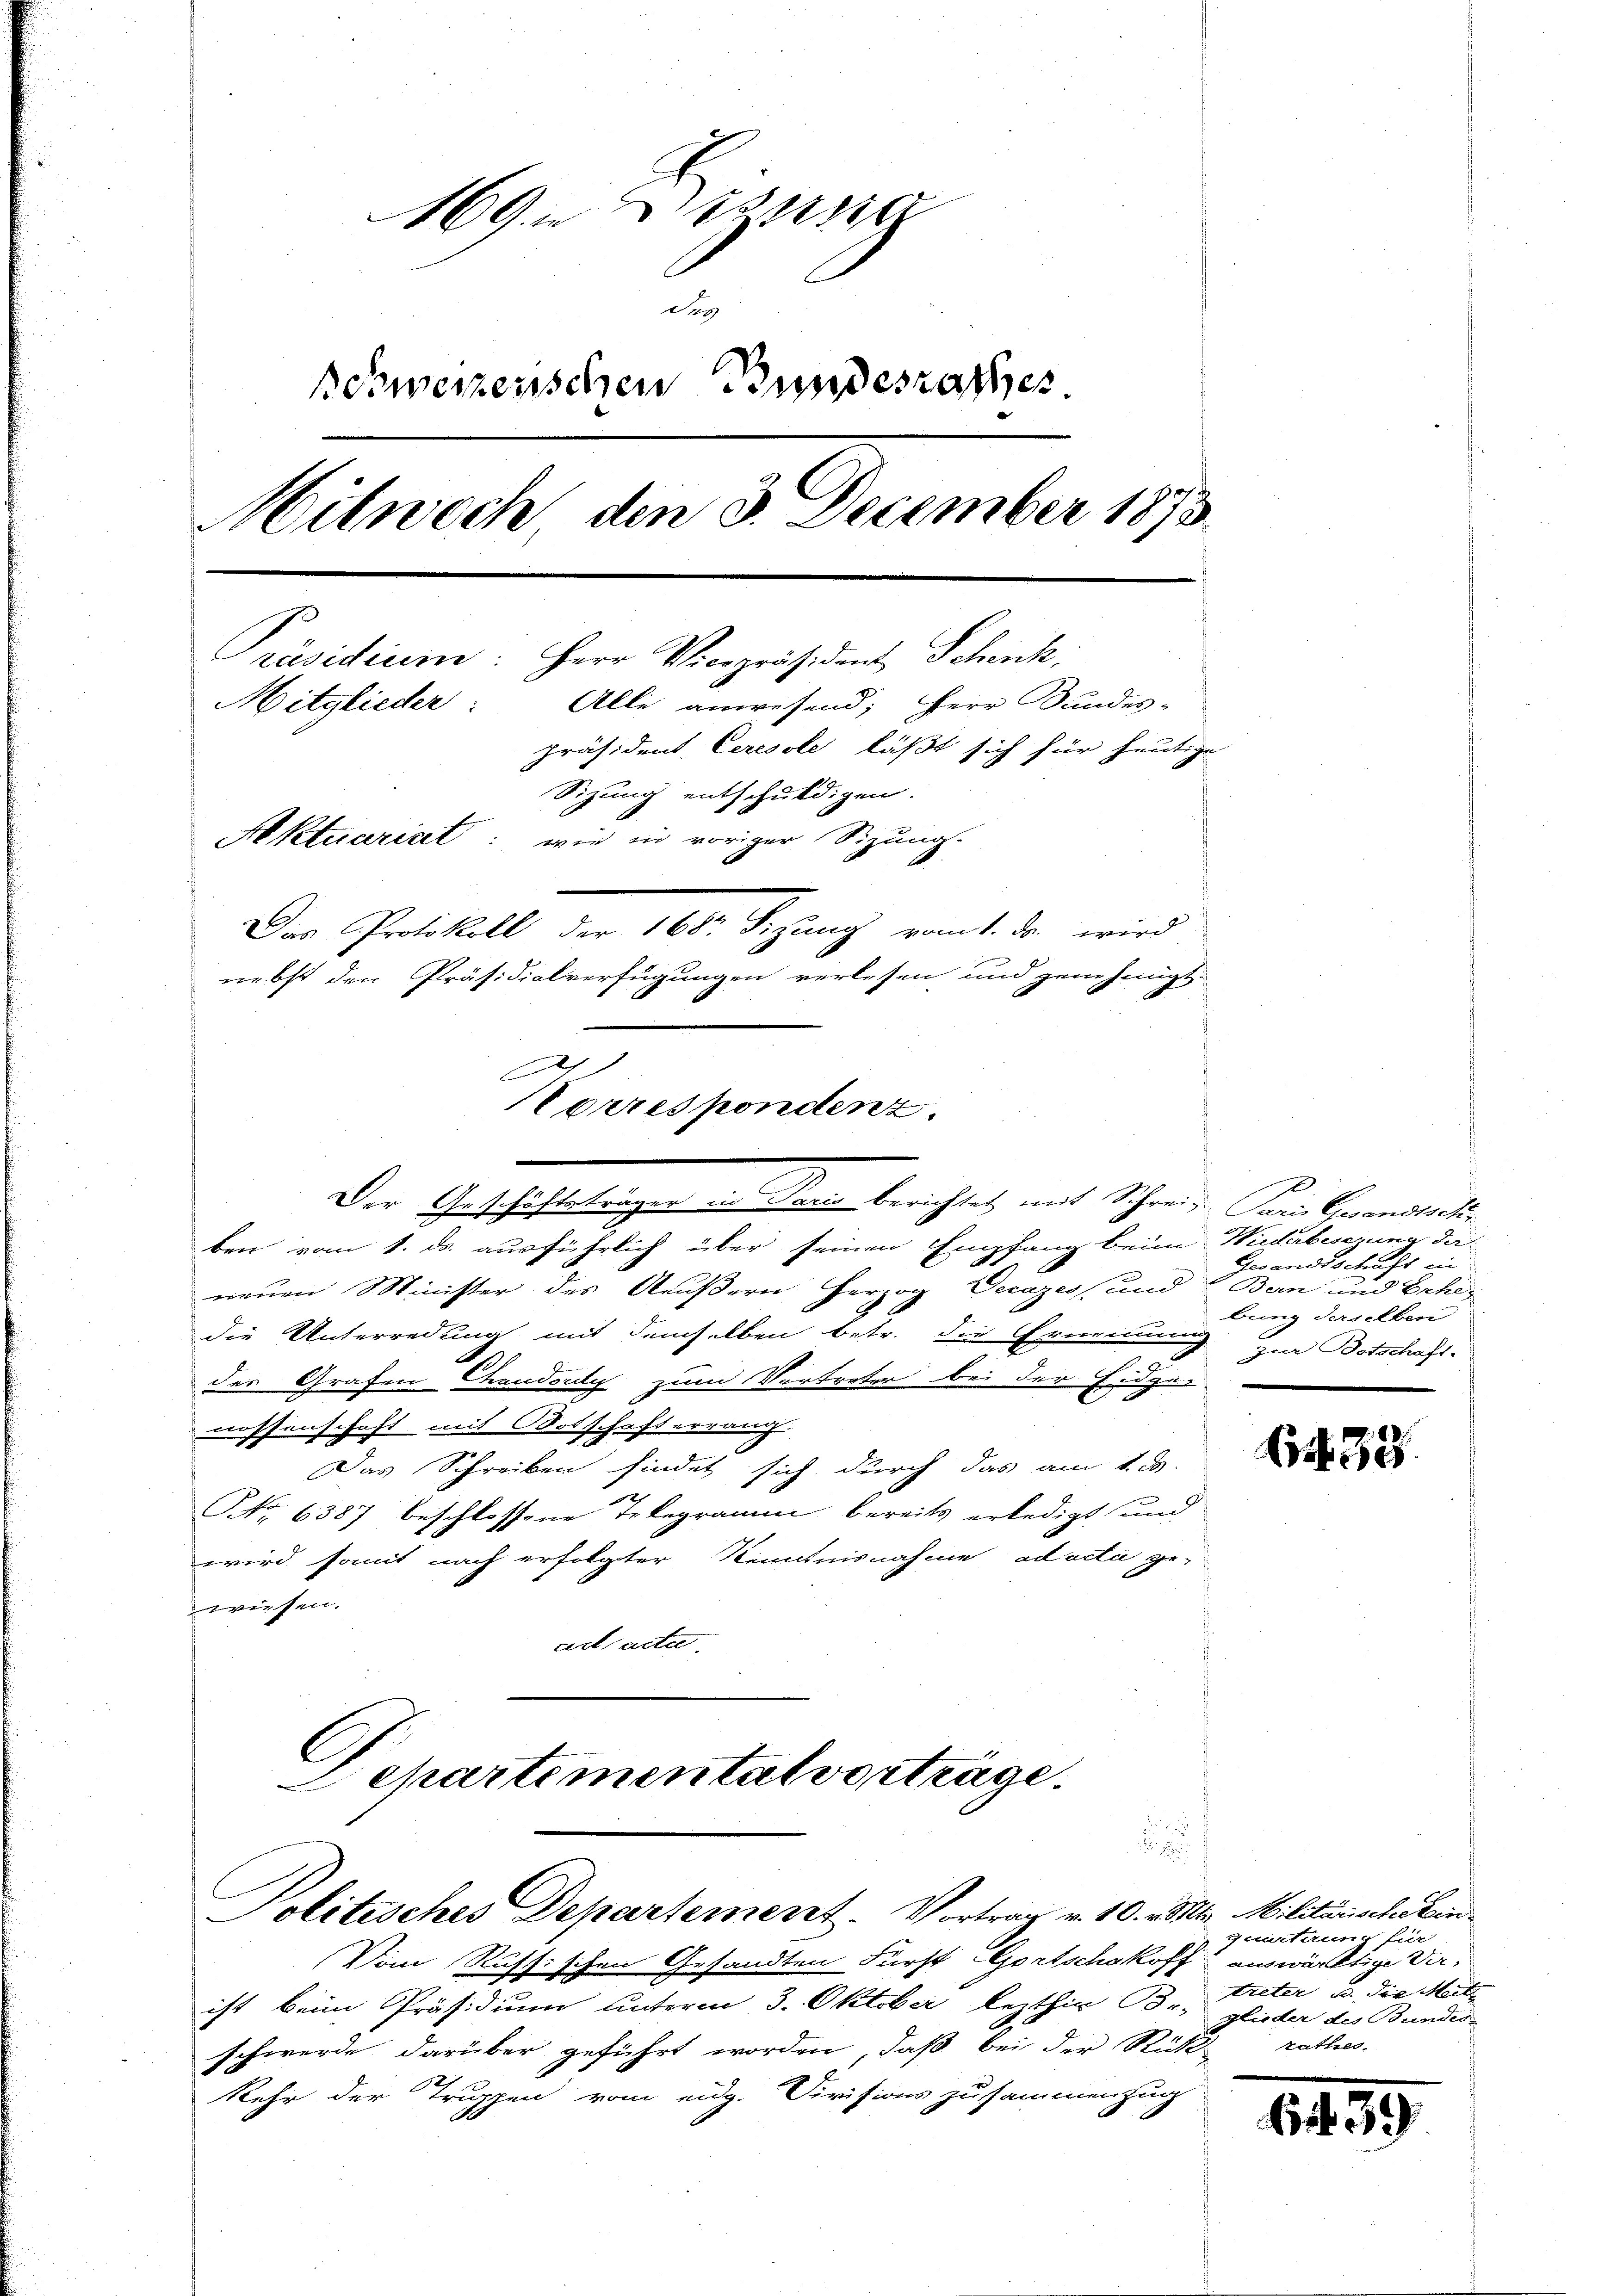
169. Den
der
owerzenschen Bundesrathes.
Mitwoch den 3. December 1873.
Präsidium: Herr Vicepräsident Schenk,
Alle anwesend, Herr Bundes-
Mitglieder:
präsident Ceresole läßt sich für heutige
Sizung entschuldigen.
Aktuariat: wie in voriger Sizung.
Der Protokoll der 160. Sizung vant. dr. wird
nebst den Präsidialverfügungen verlesen und genehmigt.

ben vom 1. ds. ausführlich über seinen Empfang beim Wiederbeschung da
neuen Minister des Äußern herzog Vecazess und Bern und Erhen
die Unterredung mit demselben betr. die Ernennung
n
des Grafen Chaudony zum Vertreter bei der Eidge
nossenschaft mit Botschaft errang
Das Schreiben findet sich durch das am 1. d.
NNo. 6587 beschlossene Telegramm bereits erledigt und
wird somit nach erfolgter Kenntnisnahme ad acta ge-
wiesen.
acts acte.
Departementat vorträge.

Politisches Departement. Vortrag v. 10. v. Mts. Militärischecken¬

.
Norrespondenz.
-
Der Geschäftsträger in Paris berichtet mit Schreiz Paris Gesandische

Vom Russischen Gesandten Fürst Gortschakoff auswärtige Verist beim Präsidium unterm 3. Oktober lezthin Br. glieder des Bundes
schwerde darüber geführt worden, daß bei der Rück rathes.
kehr der Truppen vom eidg. Divisions zusammenzug

Gesandtschaft in
bung derselben
zur Botschaft.

438

quartaren für
treter, u. die Mitt

1459